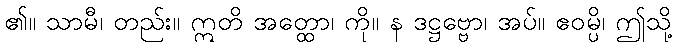
၏။ သာမီ၊ တည်း။ ဣတိ အတ္ထော၊ ကို။ န ဒဋ္ဌဗ္ဗော၊ အပ်။ ဧဝမ္ပိ၊ ဤသို့